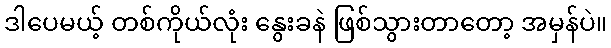
ဒါပေမယ့် တစ်ကိုယ်လုံး နွေးခနဲ ဖြစ်သွားတာတော့ အမှန်ပဲ။